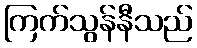
ကြက်သွန်နီသည်